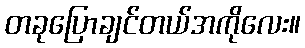
တခုပြောချင်တယ်အကိုလေး။